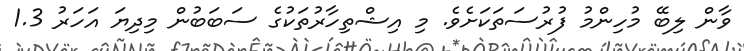
ވާން ލިބޭ މުހިންމު ފުރުސަތަކަށެވެ. މި އިޝްތިހާރުތަކުގެ ސަބަބުން މިދިޔަ އަހަރު 1.3